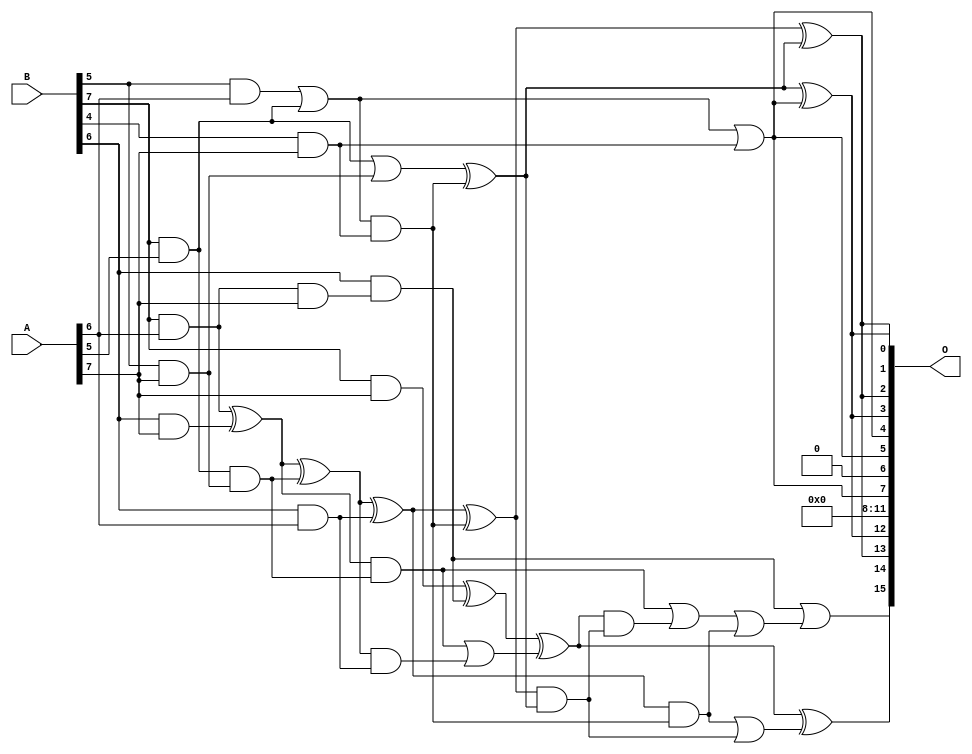
/***
* This code is a part of EvoApproxLib library (ehw.fit.vutbr.cz/approxlib) distributed under The MIT License.
* When used, please cite the following article(s): PRABAKARAN B. S., MRAZEK V., VASICEK Z., SEKANINA L., SHAFIQUE M. ApproxFPGAs: Embracing ASIC-based Approximate Arithmetic Components for FPGA-Based Systems. DAC 2020. 
***/
// MAE% = 3.39 %
// MAE = 2220 
// WCE% = 13.56 %
// WCE = 8889 
// WCRE% = 200.37 %
// EP% = 99.21 %
// MRE% = 36.51 %
// MSE = 79737.894e2 
// FPGA_POWER = 0.31
// FPGA_DELAY = 6.4
// FPGA_LUT = 5.0

module mul8u_19SM (
    A,
    B,
    O
);

input [7:0] A;
input [7:0] B;
output [15:0] O;

wire sig_55,sig_63,sig_71,sig_76,sig_77,sig_78,sig_79,sig_127,sig_147,sig_171,sig_215,sig_216,sig_217,sig_218,sig_253,sig_254,sig_255,sig_256,sig_288,sig_293;
wire sig_294,sig_295,sig_296,sig_297,sig_298,sig_299,sig_316,sig_317,sig_318,sig_425,sig_435,sig_455,sig_462,sig_464,sig_502,sig_503,sig_504,sig_505;

assign sig_55 = B[5] & A[6];
assign sig_63 = B[7] & A[5];
assign sig_71 = B[7] & A[6];
assign sig_76 = B[4] & A[7];
assign sig_77 = B[5] & A[7];
assign sig_78 = B[6] & A[7];
assign sig_79 = B[7] & A[7];
assign sig_127 = ~B[3];
assign sig_147 = sig_55 | sig_63;
assign sig_171 = ~(B[3] | sig_127);
assign sig_215 = sig_171 | sig_77;
assign sig_216 = B[6] & A[6];
assign sig_217 = sig_71 & A[7];
assign sig_218 = sig_71 ^ sig_78;
assign sig_253 = sig_147 & sig_76;
assign sig_254 = sig_147 | sig_76;
assign sig_255 = sig_63 & sig_215;
assign sig_256 = sig_63 | sig_215;
assign sig_288 = sig_256 ^ sig_253;
assign sig_293 = sig_218 ^ sig_255;
assign sig_294 = sig_218 & sig_255;
assign sig_295 = sig_293 & sig_216;
assign sig_296 = sig_293 ^ sig_216;
assign sig_297 = sig_294 | sig_295;
assign sig_298 = B[6] & sig_217;
assign sig_299 = sig_79 ^ sig_298;
assign sig_316 = sig_296 ^ sig_253;
assign sig_317 = sig_296 & sig_253;
assign sig_318 = sig_299 ^ sig_297;
assign sig_425 = sig_316 & sig_288;
assign sig_435 = sig_317 | sig_425;
assign sig_455 = sig_318 & sig_425;
assign sig_462 = sig_294 | sig_455;
assign sig_464 = sig_462 | sig_317;
assign sig_502 = sig_288 ^ sig_254;
assign sig_503 = sig_316 ^ sig_288;
assign sig_504 = sig_318 ^ sig_435;
assign sig_505 = sig_298 | sig_464;

assign O[15] = sig_505;
assign O[14] = sig_504;
assign O[13] = sig_503;
assign O[12] = sig_502;
assign O[11] = 1'b0;
assign O[10] = 1'b0;
assign O[9] = 1'b0;
assign O[8] = 1'b0;
assign O[7] = sig_254;
assign O[6] = 1'b0;
assign O[5] = sig_254;
assign O[4] = sig_254;
assign O[3] = sig_502;
assign O[2] = sig_503;
assign O[1] = sig_503;
assign O[0] = sig_502;

endmodule